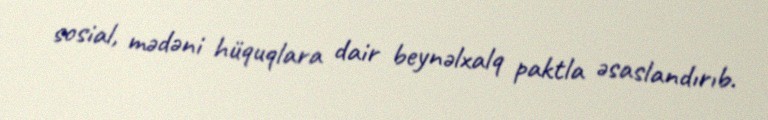
sosial, mədəni hüquqlara dair beynəlxalq paktla əsaslandırıb.